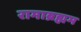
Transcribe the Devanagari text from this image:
रामाब्रह्मम